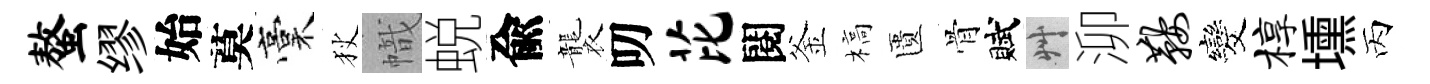
螯缪始莫稾狄幟蜕兪襲叨芘閱釜槁匱骨賦艸泖鞍发椁壎丙